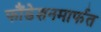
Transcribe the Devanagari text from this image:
फौंडेशनमार्फत